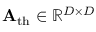
\mathbf { A } _ { \mathrm { t h } } \in \mathbb { R } ^ { D \times D }